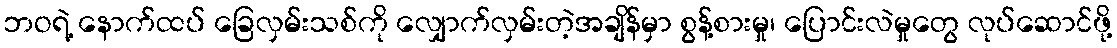
ဘဝရဲ့ နောက်ထပ် ခြေလှမ်းသစ်ကို လျှောက်လှမ်းတဲ့အချိန်မှာ စွန့်စားမှု၊ ပြောင်းလဲမှုတွေ လုပ်ဆောင်ဖို့